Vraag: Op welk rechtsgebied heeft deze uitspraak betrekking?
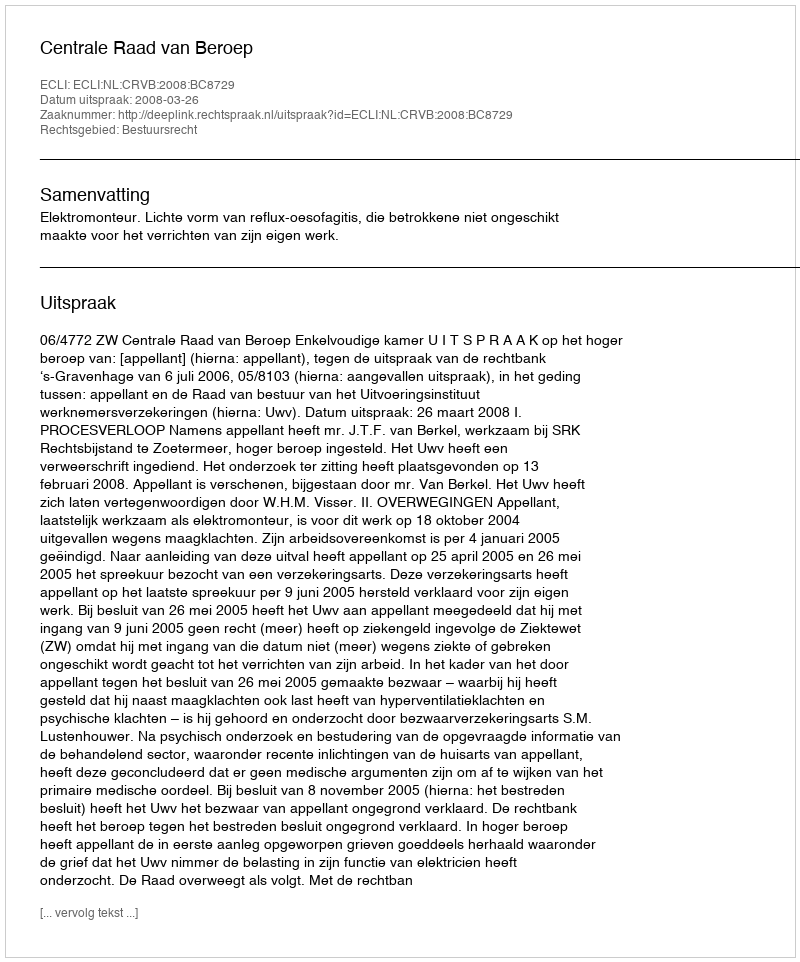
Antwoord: Bestuursrecht